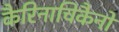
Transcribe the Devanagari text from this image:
कैरिनाचिकैनो